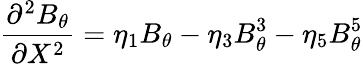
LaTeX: \frac{\partial^{2}B_{\theta}}{\partial X^{2}}=\eta_{1}B_{\theta}-\eta_{3}B_{\theta}^{3}-\eta_{5}B_{\theta}^{5}